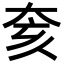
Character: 奒